Trukikaitis_Postimees, lk 52
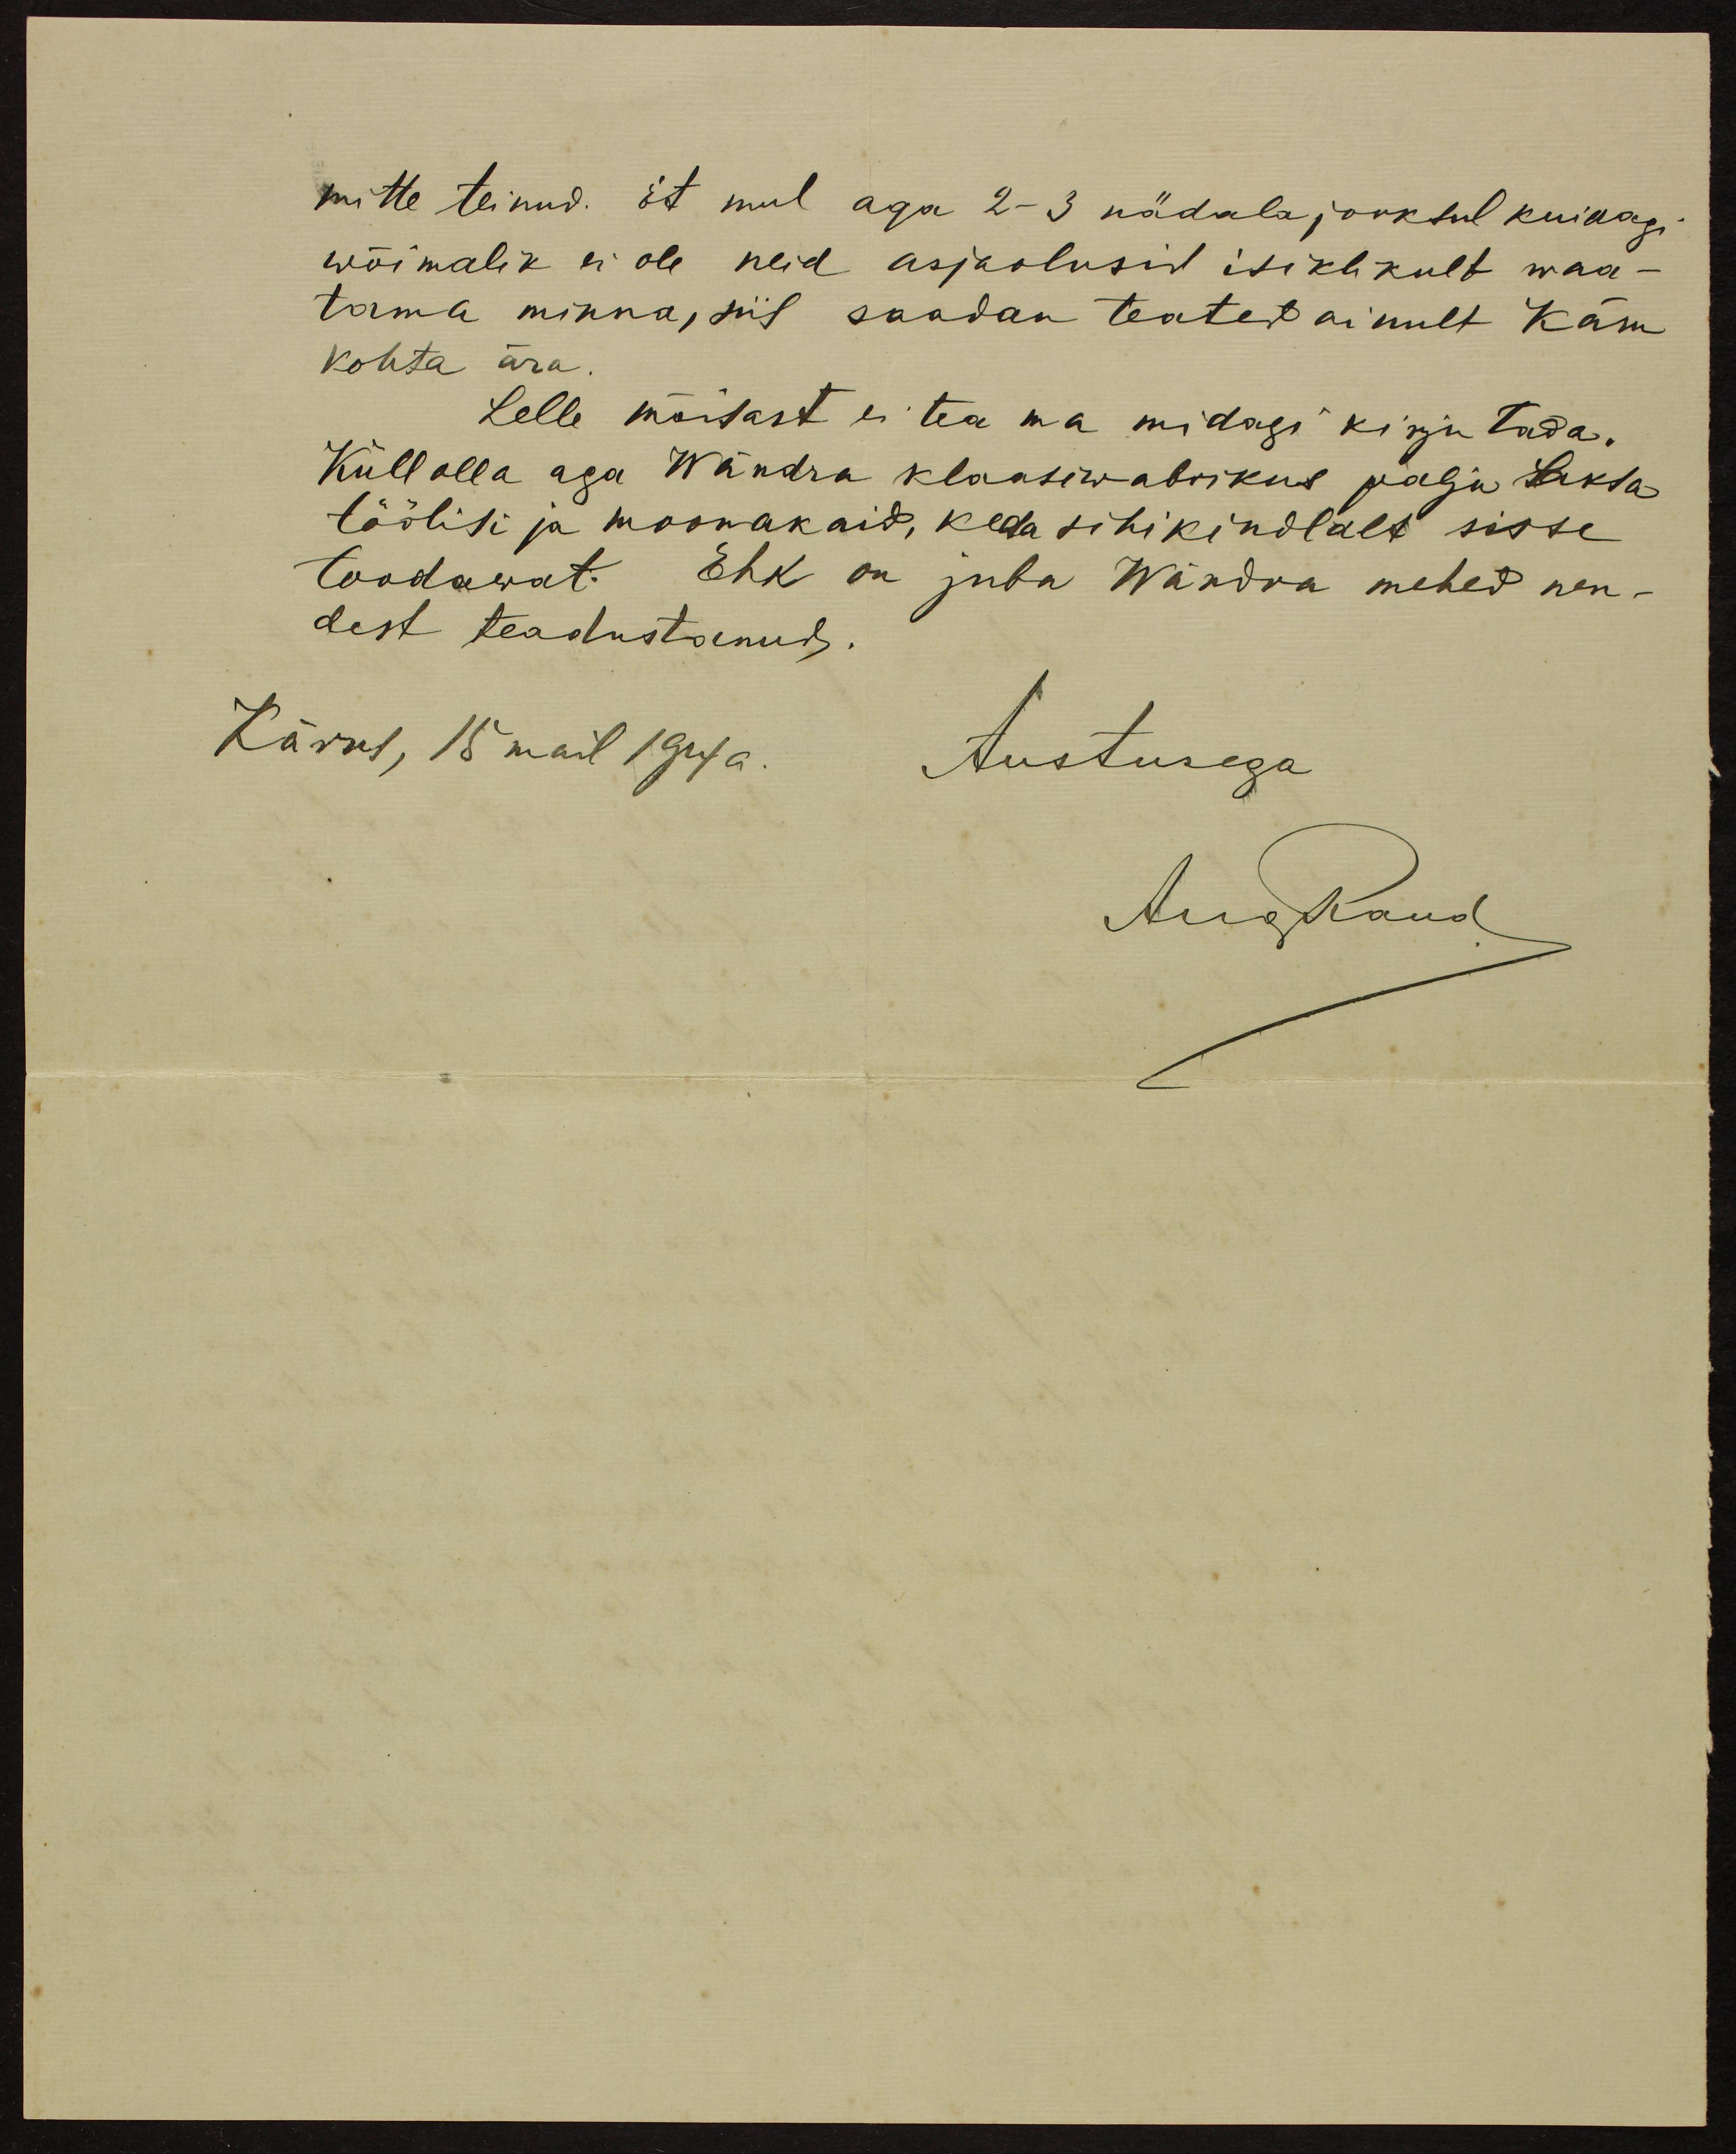
mitte teinud. Et mul aga 2-3 nädala jooksul kuidagi
wõimalik ei ole neid asjaolusid isiklikult waa-
tama minna, siis saadan teated ainult Käru
kohta ära.
Lelle mõisast ei tea ma midagi kirjutada.
Küll olla aga Wändra klaasiwabrikus palju Saksa
töölisi ja moonakaid, keda sihikindlalt sisse
toodawat. Ehk on juba Wändra mehed nen-
dest teadustanud.
Kärus, 15 mail 1914 a.
Austusega
AugRaud